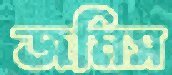
জমিস